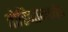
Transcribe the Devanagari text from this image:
तोरिनोमध्येच